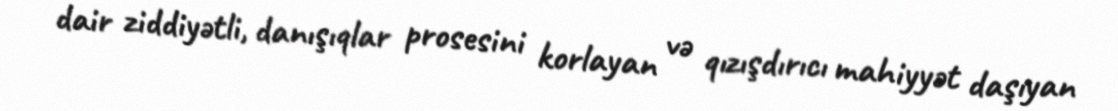
dair ziddiyətli, danışıqlar prosesini korlayan və qızışdırıcı mahiyyət daşıyan